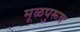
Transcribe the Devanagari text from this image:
मूळपुरूष